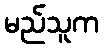
မည်သူက